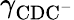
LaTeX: \gamma_{\mathrm{CDC^{-}}}